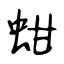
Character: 蚶